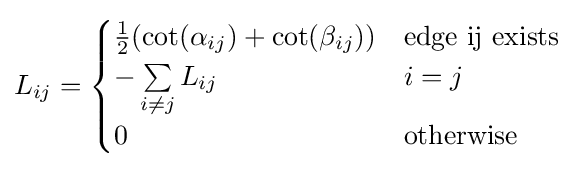
L_{ij}={\begin{cases}{\frac {1}{2}}(\cot(\alpha _{ij})+\cot(\beta _{ij}))&{\text{edge ij exists}}\\-\sum \limits _{i\neq j}L_{ij}&i=j\\0&{\text{otherwise}}\end{cases}}